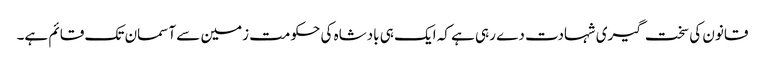
قانون کی سخت گیری شہادت دے رہی ہے کہ ایک ہی بادشاہ کی حکومت زمین سے آسمان تک قائم ہے۔